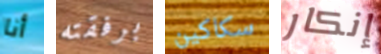
أنا برفقته سكاكين إنكار